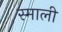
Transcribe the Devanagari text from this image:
स्माली